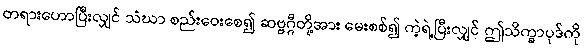
တရားဟောပြီးလျှင် သံဃာ စည်းဝေးစေ၍ ဆဗ္ဗဂ္ဂီတို့အား မေးစစ်၍ ကဲ့ရဲ့ပြီးလျှင် ဤသိက္ခာပုဒ်ကို